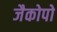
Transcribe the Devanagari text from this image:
जैकोपो